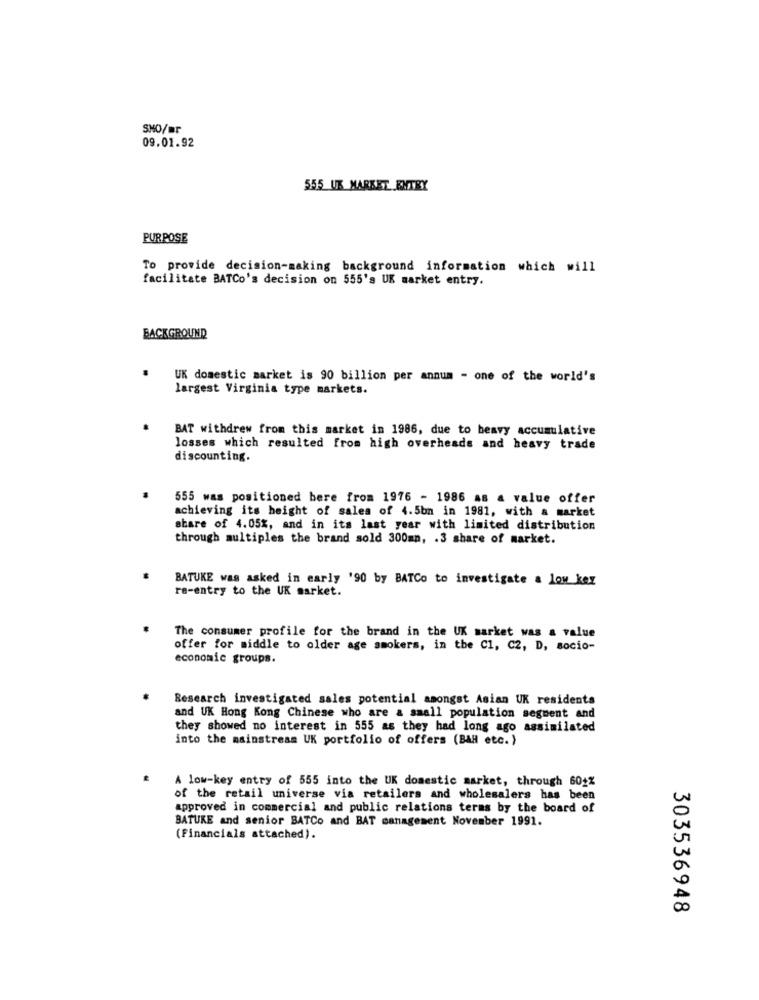
SMO/mr
09.01.92
555 UK MARKET ENTRY
PURPOSE
To provide decision-making background information which will
facilitate BATCo's decision on 555's UK market entry.
BACKGROUND
UK domestic market is 90 billion per annum - one of the world's
largest Virginia type markets.
BAT withdrew from this market in 1986, due to heavy accumulative
losses which resulted from high overheads and heavy trade
discounting.
555 was positioned bere from 1976 - 1986 as a value offer
achieving its height of sales of 4.5bn in 1981, with a market
share of 4.05%, and in its last year with limited distribution
through multiples the brand sold 300mn, . 3 share of market.
BATUKE was asked in early '90 by BATCo to investigate a low key
re-entry to the UK market.
The consumer profile for the brand in the UK market was a value
offer for middle to older age smokers, in the C1, C2, D, socio-
economic groups.
Research investigated sales potential amongst Asian UK residents
and UK Hong Kong Chinese who are a small population segment and
they showed no interest in 555 as they had long ago assimilated
into the mainstream UK portfolio of offers (BAH etc.)
A low-key entry of 555 into the UK domestic market, through 604%
of the retail universe via retailers and wholesalers has been
approved in commercial and public relations teras by the board of
BATUKE and senior BATCo and BAT management November 1991.
(Financials attached).
303536948